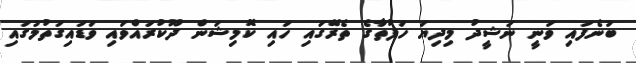
ބުނެފައި ވަނީ ނަޝީދު މިދިޔަ ހަފުތާގެ ތެރޭގައި ހައި ކޮމިޝަން ދޫކުރައްވައި ވަޑައިގަތުމުގައި